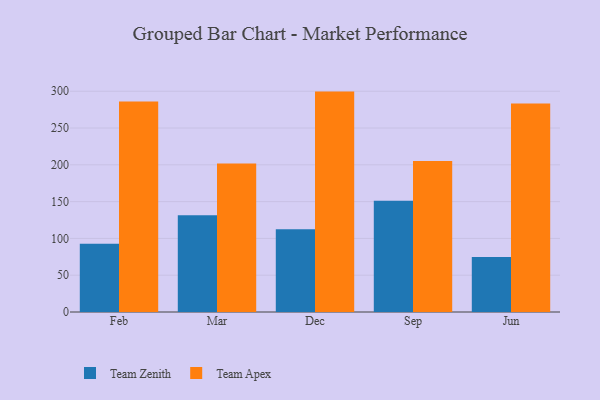
{"axis": {"x": "Month", "y": "Market Share (%)"}, "legend": ["Team Apex", "Team Zenith"], "data": [{"x": "Feb", "y": 92.6, "type": "Team Zenith"}, {"x": "Feb", "y": 286.0, "type": "Team Apex"}, {"x": "Mar", "y": 131.5, "type": "Team Zenith"}, {"x": "Mar", "y": 201.8, "type": "Team Apex"}, {"x": "Dec", "y": 112.4, "type": "Team Zenith"}, {"x": "Dec", "y": 299.5, "type": "Team Apex"}, {"x": "Sep", "y": 151.1, "type": "Team Zenith"}, {"x": "Sep", "y": 205.2, "type": "Team Apex"}, {"x": "Jun", "y": 74.6, "type": "Team Zenith"}, {"x": "Jun", "y": 283.4, "type": "Team Apex"}]}